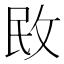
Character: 敃